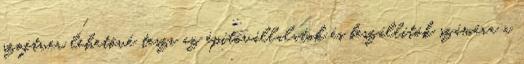
szoftver lehetővé teszi az építővállalatok és beszállítók számára a